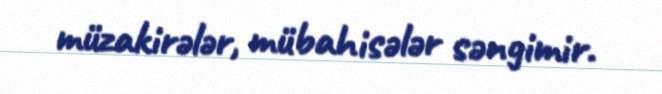
müzakirələr, mübahisələr səngimir.